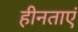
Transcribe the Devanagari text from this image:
हीनताएं